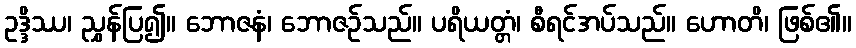
ဥဒ္ဒိဿ၊ ညွှန်ပြ၍။ ဘောဇနံ၊ ဘောဇဉ်သည်။ ပရိယတ္တံ၊ စီရင်အပ်သည်။ ဟောတိ၊ ဖြစ်၏။